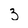
Character: 3